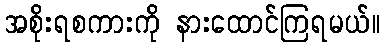
အစိုးရစကားကို နားထောင်ကြရမယ်။